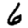
Digit: 6